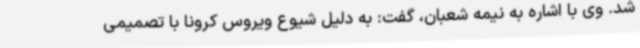
شد. وی با اشاره به نیمه شعبان، گفت: به دلیل شیوع ویروس کرونا با تصمیمی